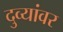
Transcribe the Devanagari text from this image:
दुव्यांवर